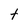
Character: t